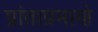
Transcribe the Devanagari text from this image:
प्रांताप्रमाणे